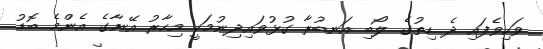
ވަކިވެފައި ދެ ހިތުގެ ލޯބި އަނބުރާ ގުޅުވައިދިނުމަކީ މިހާރު އޭނާގެ އެންމެ ބޮޑު